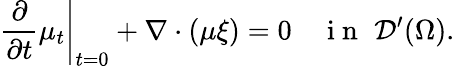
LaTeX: \left.\frac{\partial}{\partial t}\mu_{t}\right|_{t=0}+\nabla\cdot(\mu\xi)=0\quad\mathrm{~i~n~}\, \, \mathcal{D}^{\prime}(\Omega).